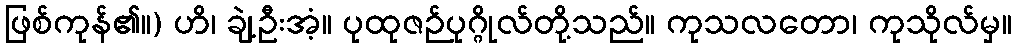
ဖြစ်ကုန်၏။) ဟိ၊ ချဲ့ဦးအံ့။ ပုထုဇဉ်ပုဂ္ဂိုလ်တို့သည်။ ကုသလတော၊ ကုသိုလ်မှ။